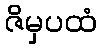
ဇိမှပထံ